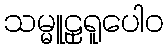
သမ္မူဠှရူပေါဝ